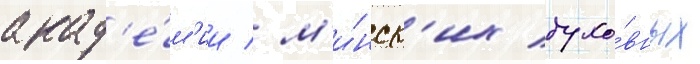
акад'е́м'ии / м'и́нск'их духо́вных